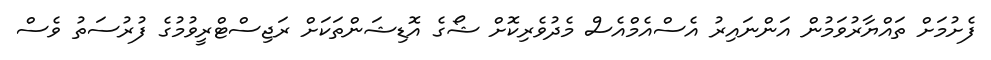
ފެށުމަށް ތައްޔާރުވަމުން އަންނައިރު އެސްއެމްއެސް މެދުވެރިކޮށް ޝޯގެ އޮޑިޝަންތަކަށް ރަޖިސްޓްރީވުމުގެ ފުރުސަތު ވެސް